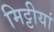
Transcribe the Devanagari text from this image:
मिट्टीयां